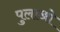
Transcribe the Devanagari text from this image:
पुलाओ